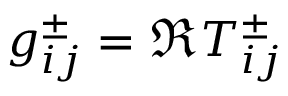
g _ { i j } ^ { \pm } = \Re T _ { i j } ^ { \pm }